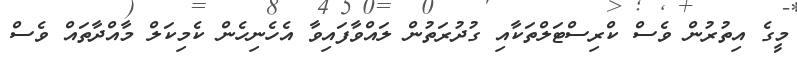
މީގެ އިތުރުން ވެސް ކްރިސްޓަލްތަކާއި ގުދުރަތުން ލައްވާފައިވާ އެހެނިހެން ކެމިކަލް މާއްދާތައް ވެސް